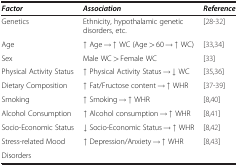
<table><thead><tr><td><b><i>Factor</i></b></td><td><b><i>Association</i></b></td><td><b><i>Reference</i></b></td></tr></thead><tbody><tr><td>Genetics</td><td>Ethnicity, hypothalamic genetic disorders, etc.</td><td>[28-32]</td></tr><tr><td>Age</td><td>↑ Age → ↑ WC (Age &gt; 60 → ↑ WC)</td><td>[33,34]</td></tr><tr><td>Sex</td><td>Male WC &gt; Female WC</td><td>[33]</td></tr><tr><td>Physical Activity Status</td><td>↑ Physical Activity Status → ↓ WC</td><td>[35,36]</td></tr><tr><td>Dietary Composition</td><td>↑ Fat/Fructose content → ↑ WHR</td><td>[37-39]</td></tr><tr><td>Smoking</td><td>↑ Smoking → ↑ WHR</td><td>[8,40]</td></tr><tr><td>Alcohol Consumption</td><td>↑ Alcohol consumption → ↑ WHR</td><td>[8,41]</td></tr><tr><td>Socio-Economic Status</td><td>↓ Socio-Economic Status → ↑ WHR</td><td>[8,42]</td></tr><tr><td>Stress-related Mood</td><td>↑ Depression/Anxiety → ↑ WHR</td><td>[8,43]</td></tr><tr><td>Disorders</td><td> </td><td> </td></tr></tbody></table>